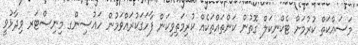
މަސައްކަތް ކުރުމަށް ޓެކްނިކަލް ގޮތުން ކަންތައްތަކެއް ކުރިމަތިވިކަން ފާހަގަކުރައްވަމުން ހައުސިންގ މިނިސްޓަރ ވިދާޅުވީ